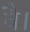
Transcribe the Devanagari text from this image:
वै।